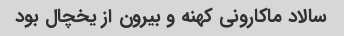
سالاد ماکارونی کهنه و بیرون از یخچال بود